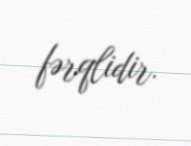
fərqlidir.